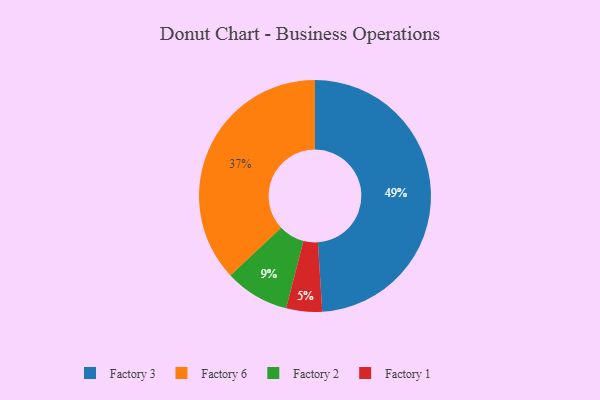
{"axis": {"x": "Category", "y": "Percentage"}, "legend": ["Factory 1", "Factory 2", "Factory 3", "Factory 6"], "data": [{"x": "Factory 2", "y": 9, "type": "Factory 2"}, {"x": "Factory 3", "y": 49, "type": "Factory 3"}, {"x": "Factory 1", "y": 5, "type": "Factory 1"}, {"x": "Factory 6", "y": 37, "type": "Factory 6"}]}